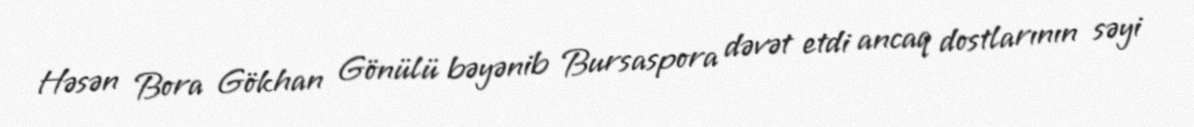
Həsən Bora Gökhan Gönülü bəyənib Bursaspora dəvət etdi ancaq dostlarının səyi